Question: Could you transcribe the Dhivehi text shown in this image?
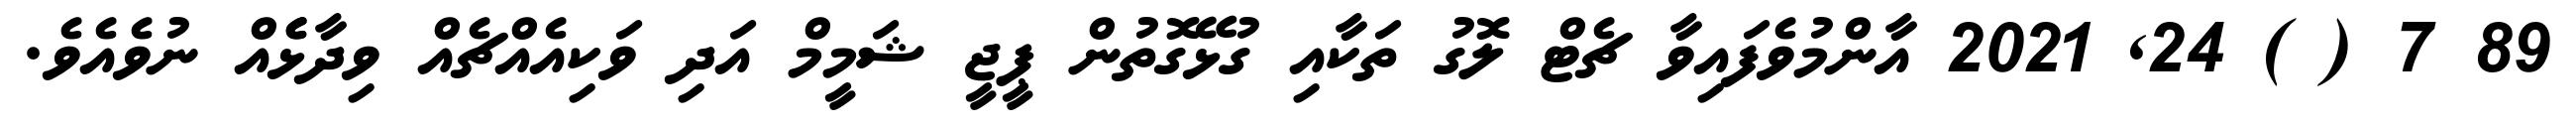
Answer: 89 7 ( ) 24, 2021 އާންމުވެފައިވާ ޗެޓް ލޮގު ތަކާއި ގުޅޭގޮތުން ޕީޖީ ޝަމީމް އަދި ވަކިއެއްޗެއް ވިދާޅެެއް ނުވެއެވެ.